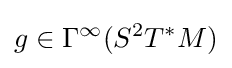
g\in \Gamma ^{\infty }(S^{2}T^{*}M)